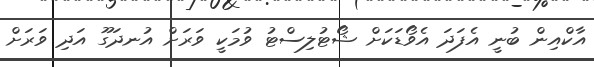
އާކްއިން ބުނީ އެފަދަ އެވޯޑަކަށް ޝޯޓުލިސްޓު ވުމަކީ ވަރަށް އުނދަގޫ އަދި ވަރަށް